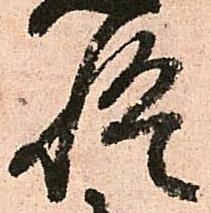
悟